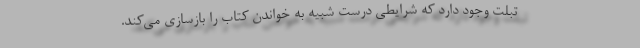
تبلت وجود دارد که شرایطی درست شبیه به خواندن کتاب را بازسازی می‌کند.